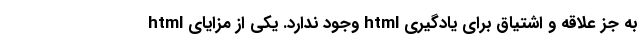
به جز علاقه و اشتیاق برای یادگیری html وجود ندارد. یکی از مزایای html